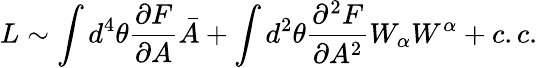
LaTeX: L\sim\int d^{4}\theta{\frac{\partial F}{\partial A}}\bar{A}+\int d^{2}\theta{\frac{\partial^{2}F}{\partial A^{2}}}W_{\alpha}W^{\alpha}+c.c.